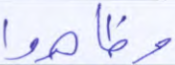
وظاهروا